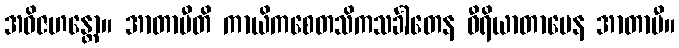
အဝိဇဟန္တော။ အာတာပီတိ ကာယိကစေတသိကသင်္ခါတေန ဝီရိယာတာပေန အာတာပီ။